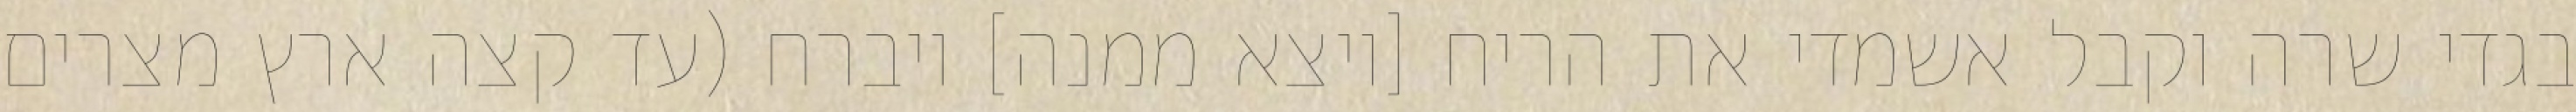
בגדי שרה וקבל אשמדי את הריח [ויצא ממנה] ויברח (עד קצה ארץ מצרים